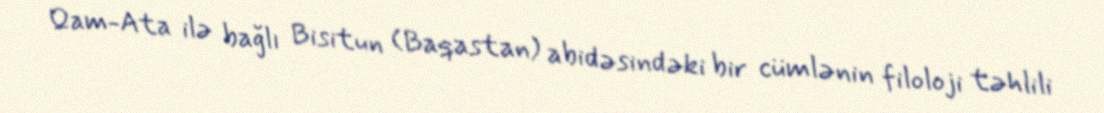
Qam-Ata ilə bağlı Bisitun (Baqastan) abidəsindəki bir cümlənin filoloji təhlili